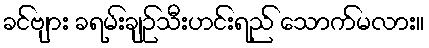
ခင်ဗျား ခရမ်းချဉ်သီးဟင်းရည် သောက်မလား။